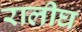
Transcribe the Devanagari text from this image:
रालीघ